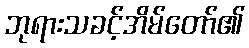
ဘုရားသခင့်အိမ်တော်၏